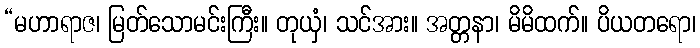
“မဟာရာဇ၊ မြတ်သောမင်းကြီး။ တုယှံ၊ သင်အား။ အတ္တနာ၊ မိမိထက်။ ပိယတရော၊